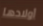
أولادها